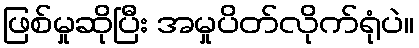
ဖြစ်မှုဆိုပြီး အမှုပိတ်လိုက်ရုံပဲ။